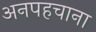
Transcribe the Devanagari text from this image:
अनपहचाना